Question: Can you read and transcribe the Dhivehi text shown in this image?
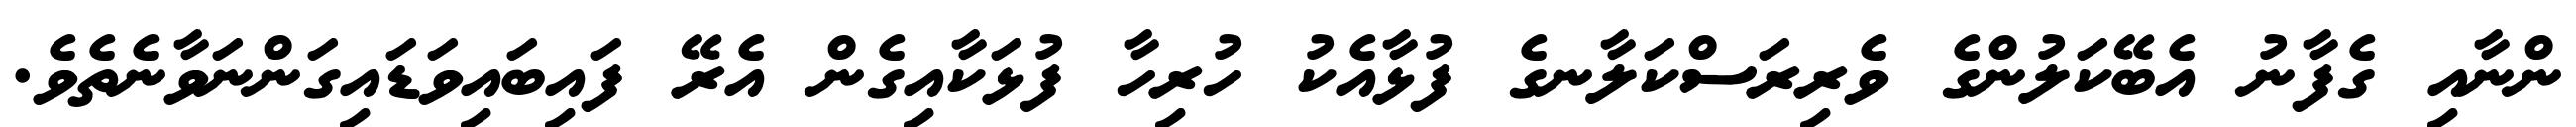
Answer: ންނާއި ގެފާނު އެބޭކަލުންގެ ވެރިރަސްކަލާނގެ ފުޅާއެކު ހުރިހާ ފުޅަކާއިގެން އެރޭ ފައިބައިވަޑައިގަންނަވާނެތެވެ.